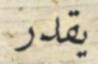
يقدر